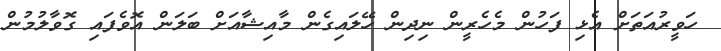
ހަވީރުއަތަށް އެޅި ފަހުން މެހެރީން ނިދިން ހޭލައިގެން މާއިޝާއަށް ބަލަން އޮވެފައި ގޮވާލުމުން